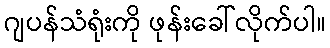
ဂျပန်သံရုံးကို ဖုန်းခေါ်လိုက်ပါ။